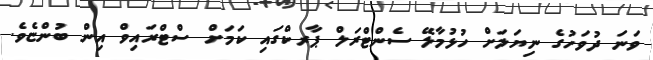
ވަނަ ދުވަހުގެ ނިޔަލަށް ހުޅުމާލޭ ސެންޓްރަލް ޕާރކްގައި ކަމަށް ސްޓްރައިވް އިން ބުންޏެވެ.